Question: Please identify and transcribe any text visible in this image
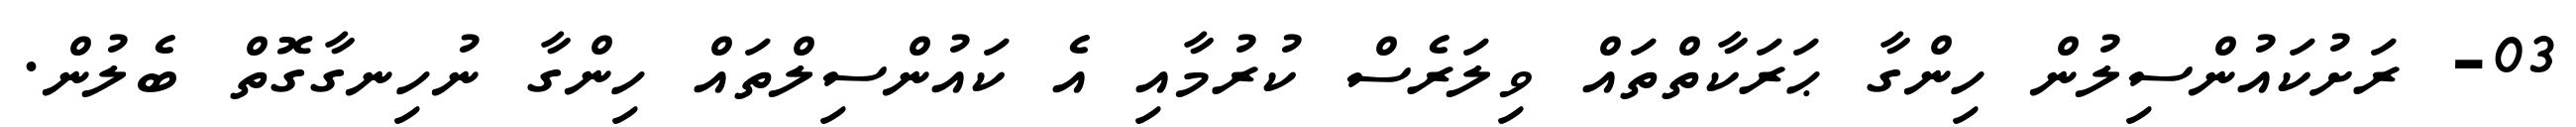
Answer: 03- ރަށުކައުންސިލުން ހިންގާ ޙަރަކާތްތައް ވިލަރެސް ކުރުމާއި އެ ކައުންސިލްތައް ހިންގާ ނުހިނގާގޮތް ބެލުން.